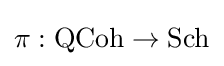
\pi :{\textrm {QCoh}}\to {\textrm {Sch}}